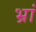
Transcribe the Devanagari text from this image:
भ्रां